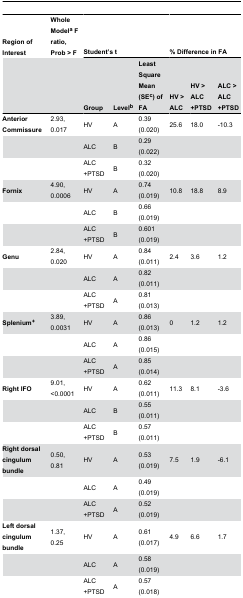
| Region of Interest | Whole ModelaF ratio,Prob > F | <COLSPAN=3> Student’s t | <COLSPAN=3> % Difference in FA |
 |  |  | Group | Levelb | Least Square Mean (SEc) of FA | HV > ALC | HV > ALC+PTSD | ALC > ALC+PTSD |
 | --- | --- | --- | --- | --- | --- | --- | --- |
 | Anterior Commissure | 2.93, 0.017 | HV | A | 0.39 (0.020) | 25.6 | 18.0 | -10.3 |
 |  |  | ALC | B | 0.29 (0.022) |  |  |  |
 |  |  | ALC+PTSD | B | 0.32 (0.020) |  |  |  |
 | Fornix | 4.90, 0.0006 | HV | A | 0.74 (0.019) | 10.8 | 18.8 | 8.9 |
 |  |  | ALC | B | 0.66 (0.019) |  |  |  |
 |  |  | ALC+PTSD | B | 0.601 (0.019) |  |  |  |
 | Genu | 2.84, 0.020 | HV | A | 0.84 (0.011) | 2.4 | 3.6 | 1.2 |
 |  |  | ALC | A | 0.82 (0.011) |  |  |  |
 |  |  | ALC+PTSD | A | 0.81 (0.013) |  |  |  |
 | Splenium+ | 3.89, 0.0031 | HV | A | 0.86 (0.013) | 0 | 1.2 | 1.2 |
 |  |  | ALC | A | 0.86 (0.015) |  |  |  |
 |  |  | ALC+PTSD | A | 0.85 (0.014) |  |  |  |
 | Right IFO | 9.01, <0.0001 | HV | A | 0.62 (0.011) | 11.3 | 8.1 | -3.6 |
 |  |  | ALC | B | 0.55 (0.011) |  |  |  |
 |  |  | ALC+PTSD | B | 0.57 (0.011) |  |  |  |
 | Right dorsal cingulum bundle | 0.50, 0.81 | HV | A | 0.53 (0.019) | 7.5 | 1.9 | -6.1 |
 |  |  | ALC | A | 0.49 (0.019) |  |  |  |
 |  |  | ALC+PTSD | A | 0.52 (0.019) |  |  |  |
 | Left dorsal cingulum bundle | 1.37, 0.25 | HV | A | 0.61 (0.017) | 4.9 | 6.6 | 1.7 |
 |  |  | ALC | A | 0.58 (0.019) |  |  |  |
 |  |  | ALC+PTSD | A | 0.57 (0.018) |  |  |  |